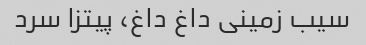
سیب زمینی داغ داغ، پیتزا سرد